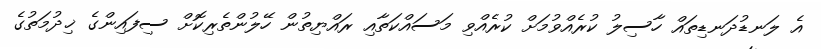
އެ ލަނޑުދަނޑިތައް ހާސިލު ކުރެއްވުމަށް ކުރެއްވި މަސައްކަތާއި ރައްޔިތުން ހޭލުންތެރިކޮށް ސިފައިންގެ ޚިދުމަތުގެ